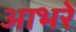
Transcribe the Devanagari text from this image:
आभरें